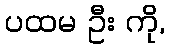
ပထမ ဦး ကို,